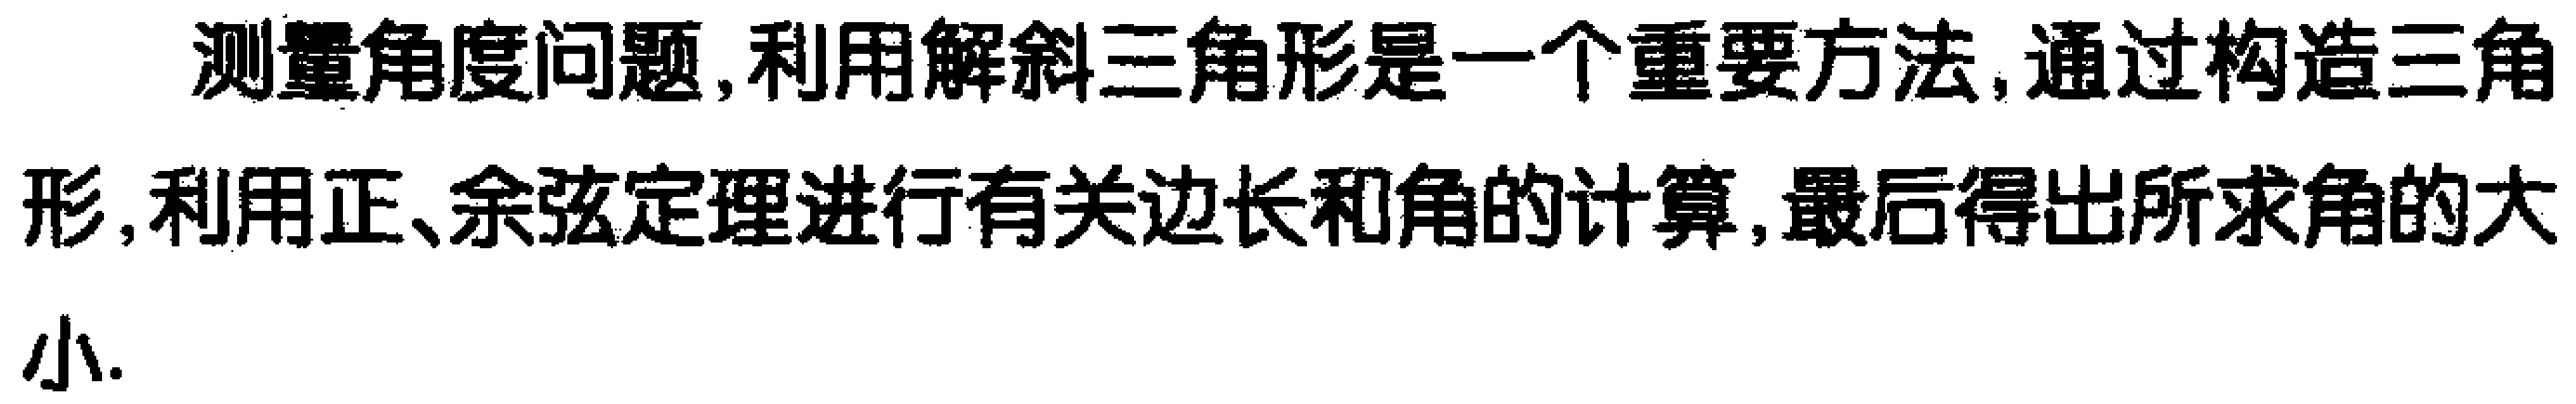
测量角度问题,利用解斜三角形是一个重要方法,通过构造三角形,利用正、余弦定理进行有关边长和角的计算,最后得出所求角的大小.